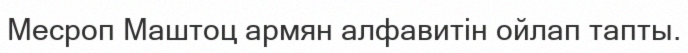
Месроп Маштоц армян алфавитін ойлап тапты.